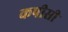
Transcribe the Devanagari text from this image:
कपीसी